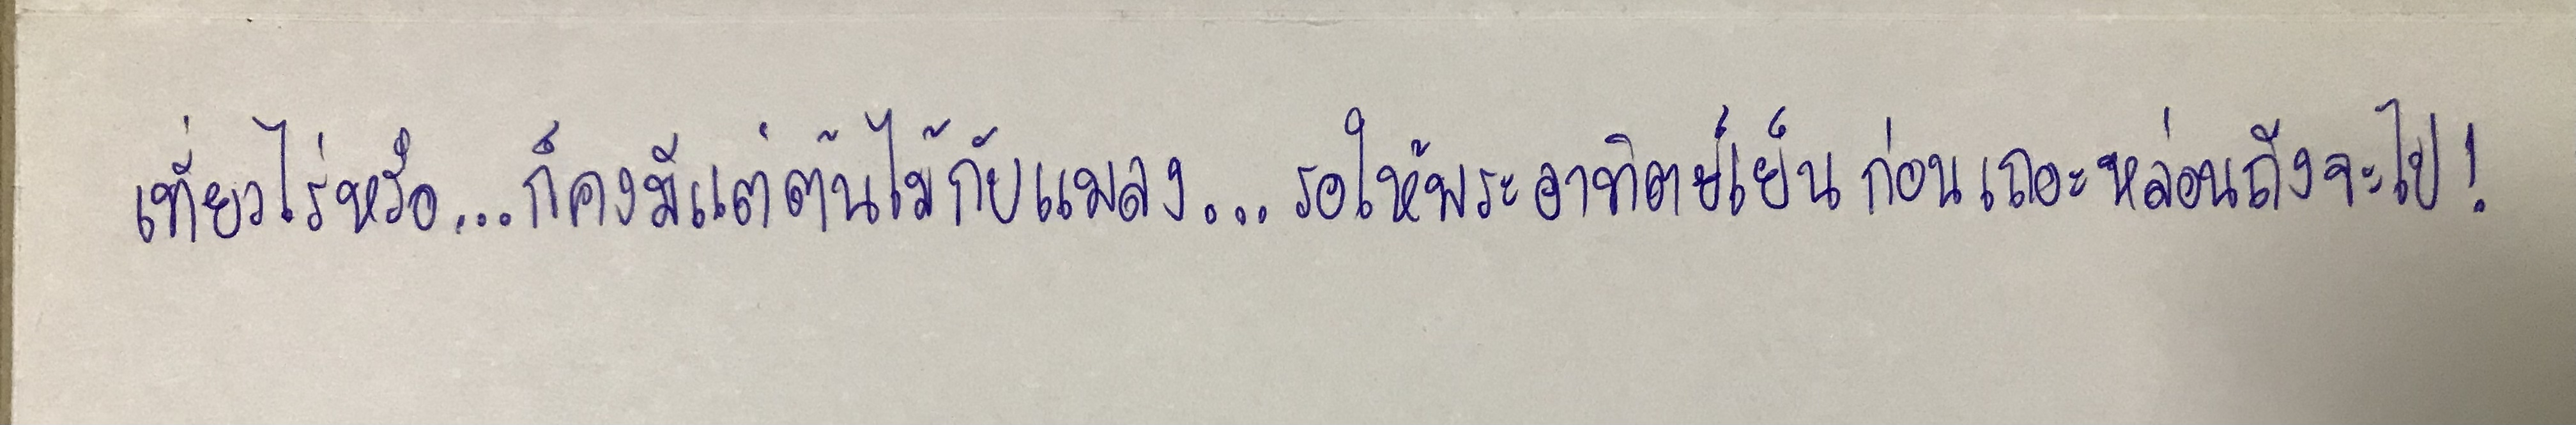
เที่ยวไร่หรือ...ก็คงมีแต่ต้นไม้กับแมลง...รอให้พระอาทิตย์เย็นก่อนเถอะหล่อนถึงจะไป!